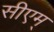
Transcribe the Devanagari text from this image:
सीएम्